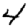
Digit: 4